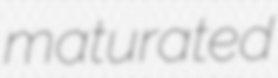
maturated